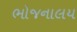
ભોજનાલય